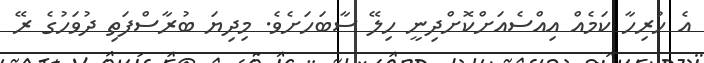
އެ ހުރިހާ ކަމެއް އިއްސެއަށްކޮށްދިނީ ހިލޭ ސާބަހަށެވެ. މިދިޔަ ބުރާސްފަތި ދުވަހުގެ ރޭ